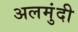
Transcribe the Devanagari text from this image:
अलमुंदी